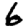
Digit: 6